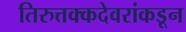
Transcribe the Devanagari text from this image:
तिरुत्तक्कदेवरांकडून